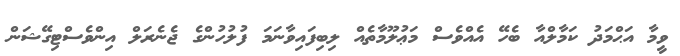
ވީމާ އަޙްމަދު ކަމާލްއާ ބެހޭ އެއްވެސް މަޢުލޫމާތެއް ލިބިފައިވާނަމަ ފުލުހުންގެ ޖެނެރަލް އިންވެސްޓިގޭޝަން